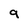
Character: 9